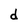
Character: d